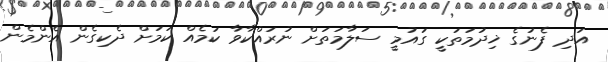
އަދި ފެނުގެ ޚިދުމަތަކީ ގައުމީ ސަލާމަތަށް ނުރައްކާވާ ކަމެއް ކަމަށް ދެކިގެން އެންމެން